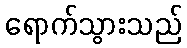
ရောက်သွားသည်